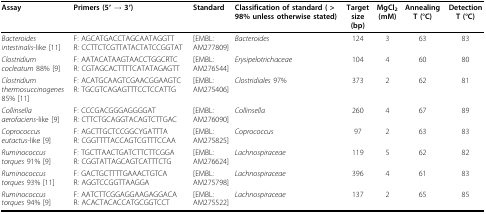
| Assay | Primers (5' → 3') | Standard | Classification of standard ( > 98% unless otherwise stated) | Target size (bp) | MgCl2(mM) | Annealing T (°C) | Detection T (°C) |
 | --- | --- | --- | --- | --- | --- | --- | --- |
 | Bacteroides intestinalis-like [11] | F: AGCATGACCTAGCAATAGGTTR: CCTTCTCGTTATACTATCCGGTAT | [EMBL:AM277809] | Bacteroides | 124 | 3 | 63 | 83 |
 | Clostridium cocleatum 88% [9] | F: AATACATAAGTAACCTGGCRTCR: CGTAGCACTTTTCATATAGAGTT | [EMBL:AM276544] | Erysipelotrichaceae | 104 | 4 | 60 | 80 |
 | Clostridium thermosuccinogenes 85% [11] | F: ACATGCAAGTCGAACGGAAGTCR: TGCGTCAGAGTTTCCTCCATTG | [EMBL:AM275406] | Clostridiales 97% | 373 | 2 | 62 | 81 |
 | Collinsella aerofaciens-like [9] | F: CCCGACGGGAGGGGATR: CTTCTGCAGGTACAGTCTTGAC | [EMBL:AM276090] | Collinsella | 260 | 4 | 67 | 89 |
 | Coprococcus eutactus-like [9] | F: AGCTTGCTCCGGCYGATTTAR: CGGTTTTACCAGTCGTTTCCAA | [EMBL:AM275825] | Coprococcus | 97 | 2 | 63 | 83 |
 | Ruminococcus torques 91% [9] | F: TGCTTAACTGATCTTCTTCGGAR: CGGTATTAGCAGTCATTTCTG | [EMBL:AM276624] | Lachnospiraceae | 119 | 5 | 62 | 82 |
 | Ruminococcus torques 93% [11] | F: GACTGCTTTTGAAACTGTCAR: AGGTCCGGTTAAGGA | [EMBL:AM275798] | Lachnospiraceae | 396 | 4 | 61 | 83 |
 | Ruminococcus torques 94% [9] | F: AATCTTCGGAGGAAGAGGACAR: ACACTACACCATGCGGTCCT | [EMBL:AM275522] | Lachnospiraceae | 137 | 2 | 65 | 85 |